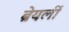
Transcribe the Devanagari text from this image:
ब्रेयर्ली